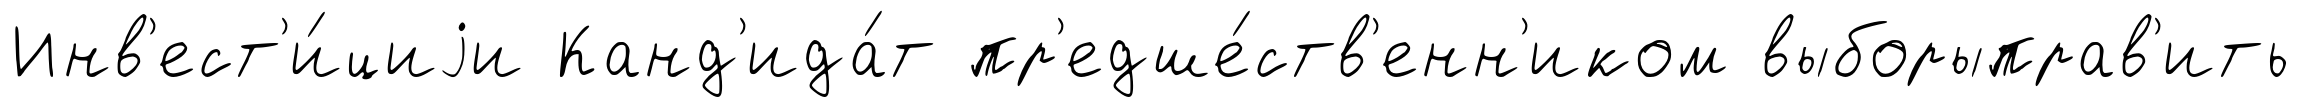
Инв'ест'и́циjи Канд'ида́т пр'едше́ств'енн'иком выборыправ'ить